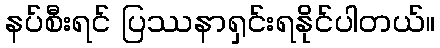
နပ်စီးရင် ပြဿနာရှင်းရနိုင်ပါတယ်။